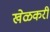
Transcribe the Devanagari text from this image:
खेळकरी